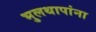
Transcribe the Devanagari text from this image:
भुलथापांना